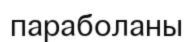
параболаны